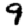
Digit: 9